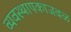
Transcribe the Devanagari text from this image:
व्यवस्थापकाजवळ